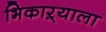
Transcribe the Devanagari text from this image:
भिकाऱ्याला